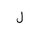
Letter: _lam